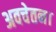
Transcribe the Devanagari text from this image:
अवचेतन।